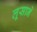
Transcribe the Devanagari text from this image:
लूसाने